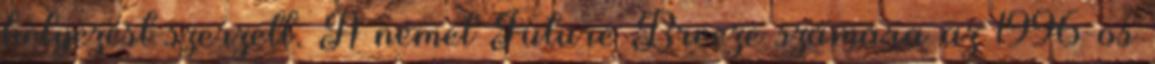
helyezést szerzett. A német Future Breeze számára az 1996-os